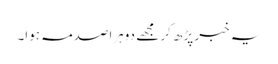
یہ خبر پڑھ کر مجھے دوہراصدمہ ہوا۔